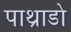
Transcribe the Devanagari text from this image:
पाथ्राडो